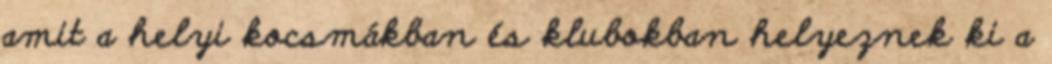
amit a helyi kocsmákban és klubokban helyeznek ki a